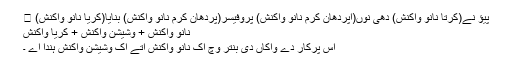
پیؤ نے(کرتا نانوَ واکنش) دھی نوں(اپردھان کرم نانوَ واکنش) پروفیسر(پردھان کرم نانو واکنش) بنایا(کریا نانوَ واکنش) ।
نانوَ واکنش + وشیشن واکنش + کریا واکنش
اس پرکار دے واکاں دی بنتر وچ اک نانوَ واکنش اتے اک وشیشن واکنش ہندا اے ۔